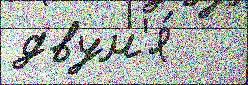
двум'я́